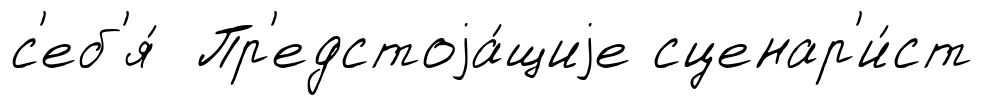
с'еб'я́ Пр'едстоjа́щиjе сценар'и́ст